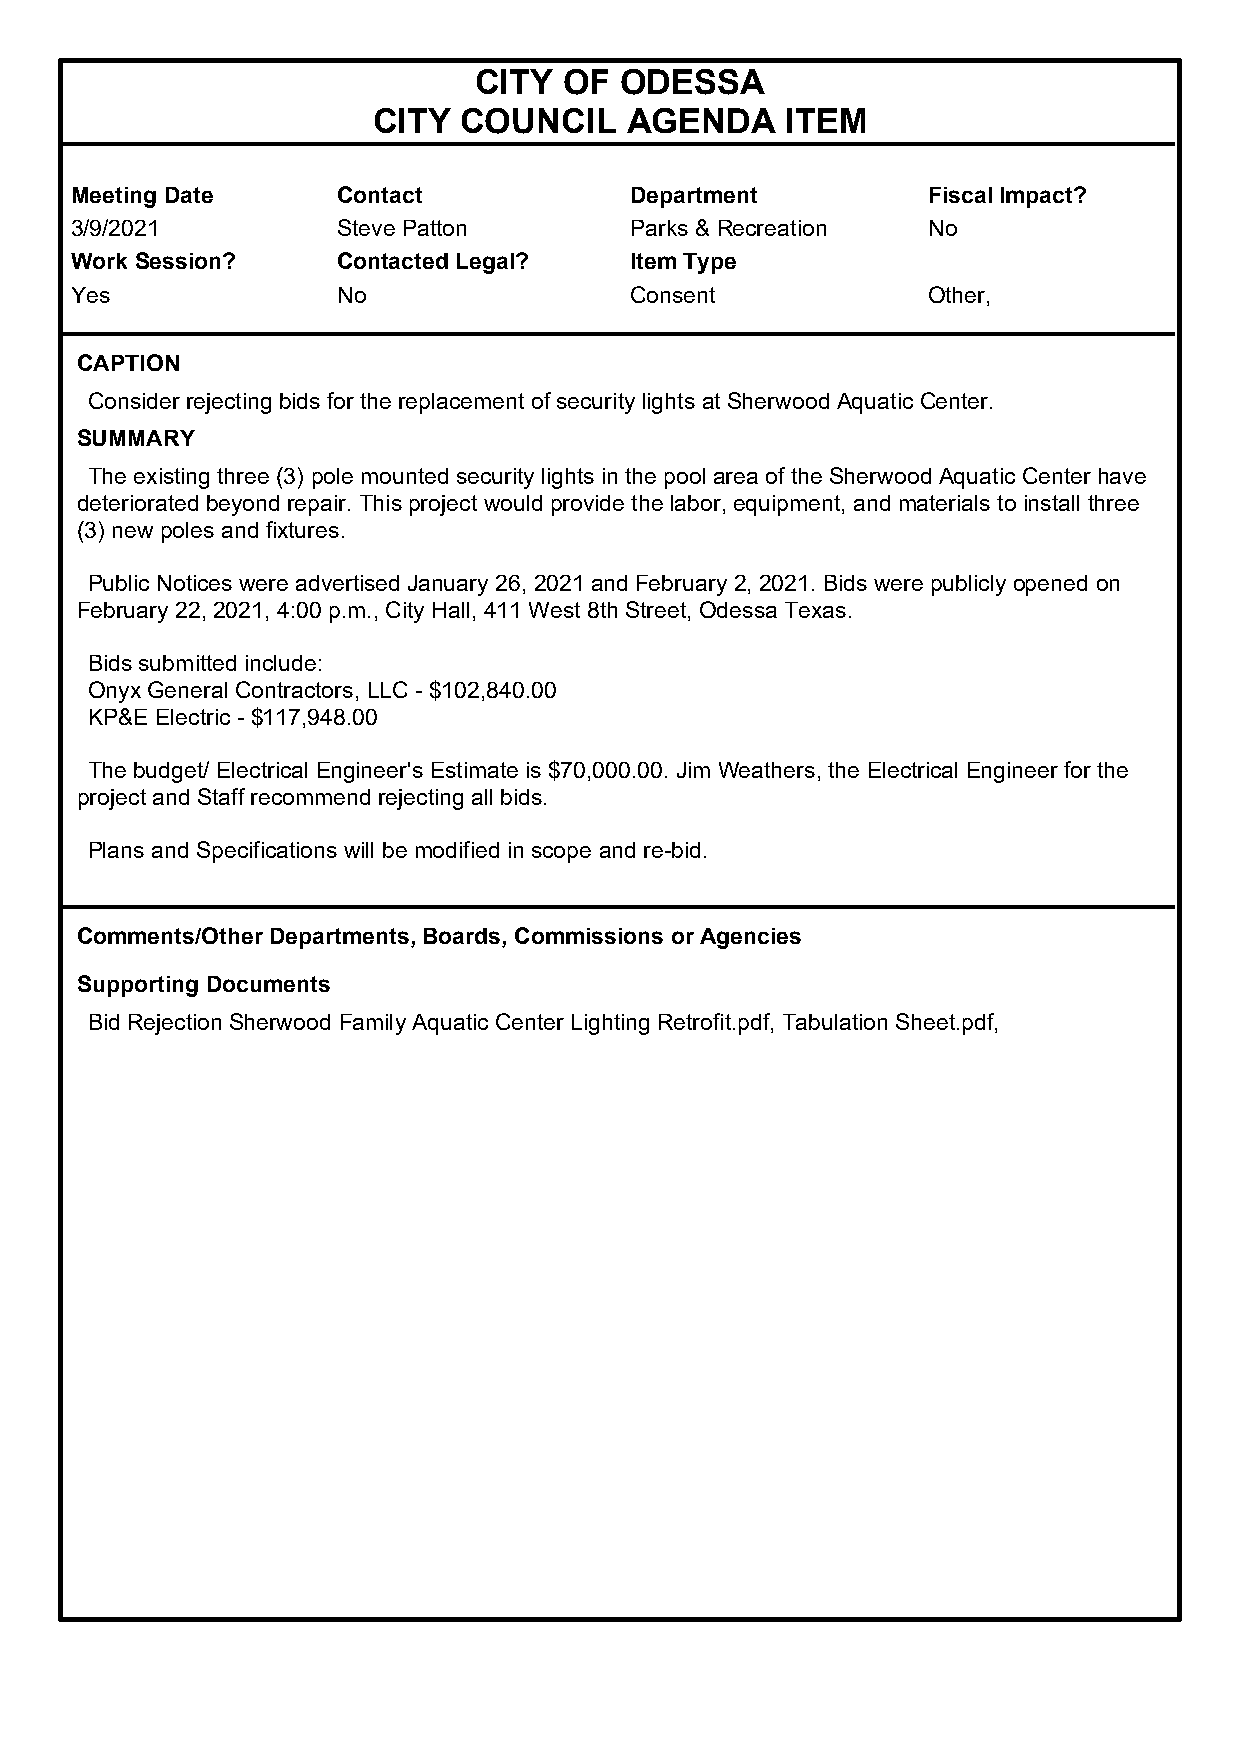
CITY  OF  ODESSA
 CITY COUNCIL    AGENDA     ITEM
 Meeting Date     Contact             Department         Fiscal Impact?
 3/9/2021         Steve Patton        Parks & Recreation No
 Work Session?    Contacted Legal?    Item Type
 Yes              No                  Consent            Other,
 CAPTION
 Consider rejecting bids for the replacement of security lights at Sherwood Aquatic Center.
 SUMMARY
 The existing three (3) pole mounted security lights in the pool area of the Sherwood Aquatic Center have
 deteriorated beyond repair. This project would provide the labor, equipment, and materials to install three
 (3) new poles and fixtures.
 Public Notices were advertised January 26, 2021 and February 2, 2021. Bids were publicly opened on
 February 22, 2021, 4:00 p.m., City Hall, 411 West 8th Street, Odessa Texas.
 Bids submitted include:
 Onyx General Contractors, LLC - $102,840.00
 KP&E Electric - $117,948.00
 The budget/ Electrical Engineer's Estimate is $70,000.00. Jim Weathers, the Electrical Engineer for the
 project and Staff recommend rejecting all bids.
 Plans and Specifications will be modified in scope and re-bid.
 Comments/Other Departments, Boards, Commissions or Agencies
 Supporting Documents
 Bid Rejection Sherwood Family Aquatic Center Lighting Retrofit.pdf, Tabulation Sheet.pdf,